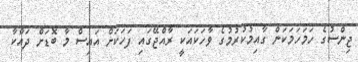
ޖިންސުގެ ހަމަހަމަކަން ގާއިމުކުރުމުގެ ވާހަކައަކީ ރާއްޖޭގައި ފަހަކަށް އައިސް މާ ބޮޑަށް ދައްކާ